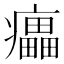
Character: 㿔